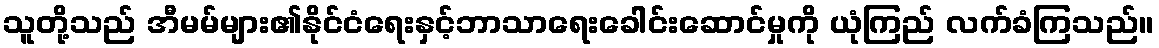
သူတို့သည် အီမမ်များ၏နိုင်ငံရေးနှင့်ဘာသာရေးခေါင်းဆောင်မှုကို ယုံကြည် လက်ခံကြသည်။